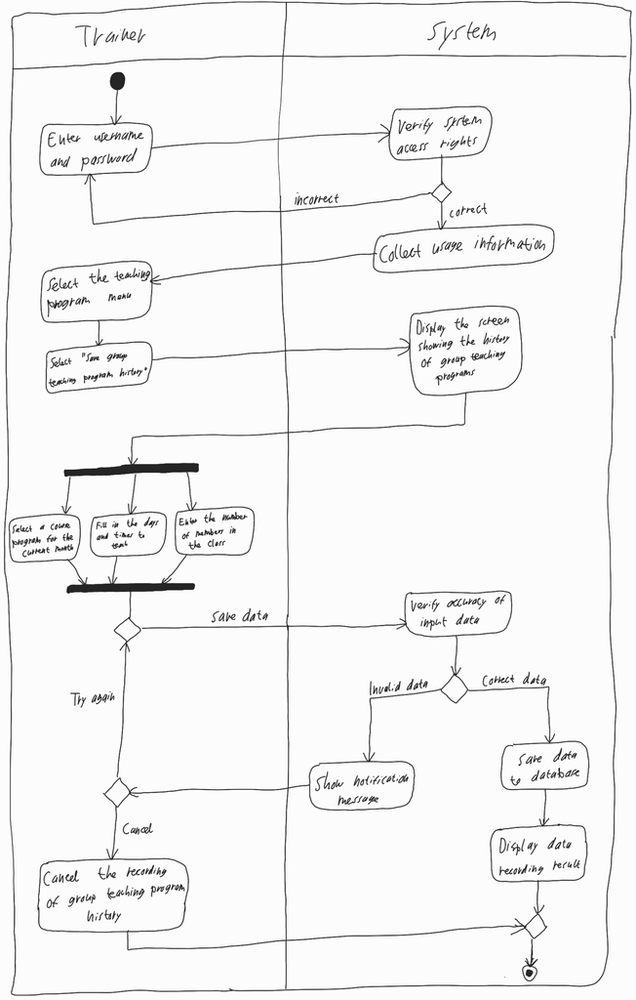
Diagram type: activity_diagram
```plantuml
@startuml

|Trainer|

start

repeat:Enter username and password;
  |System|
  :Verify system access rights;
repeat while () is (incorrect) not (correct)

:Collect usage information;

|Trainer|

:Select the teaching program menu;

:Select "Save group teaching program history";

|System|

:Display the screen showing the history of group teaching programs;

|Trainer|

fork
  :Select a course program for the current month;
fork again
  :Fill in the days and times to teach;
fork again
  :Enter the number of members in the class;
end fork

repeat
  -> Save data;
  |System|
  :Verify the accuracy of input data;
  if () then (Invalid data)
    :Show notification message;
    |Trainer|
    if () then (Cancel)
      |Trainer|
      :Cancel the recording of group teaching program history;
      |System|
      stop
    endif
  else (Correct data)
    |System|
    :Save data to database;
    :Display data recording result;
    stop
  endif
|Trainer|
repeat while () is (Try again)

@enduml
```